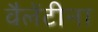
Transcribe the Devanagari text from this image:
वैलेंटीना